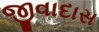
જીવાદાસ